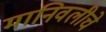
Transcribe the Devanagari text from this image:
मानिवलीचे